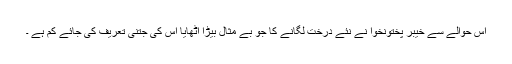
اس حوالے سے خیبر پختونخوا نے نئے درخت لگانے کا جو بے مثال بیڑا اٹھایا اس کی جتنی تعریف کی جائے کم ہے ۔